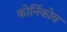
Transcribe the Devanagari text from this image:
कोर्निकोव